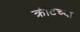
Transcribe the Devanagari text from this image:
क्रीटच्या